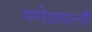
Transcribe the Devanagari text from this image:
गणेशपत्नी